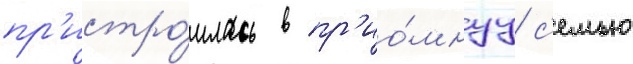
пр'истро́илась в пр'ио́мнуу с'емью